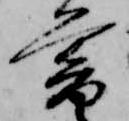
暮